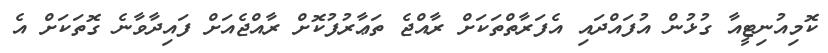
ކޮމިއުނިޓީއާ ގުޅުން އުފައްދައި އެފަރާތްތަކަށް ރާއްޖެ ތަޢާރުފުކޮށް ރާއްޖެއަށް ފައިދާވާނެ ގޮތަކަށް އެ